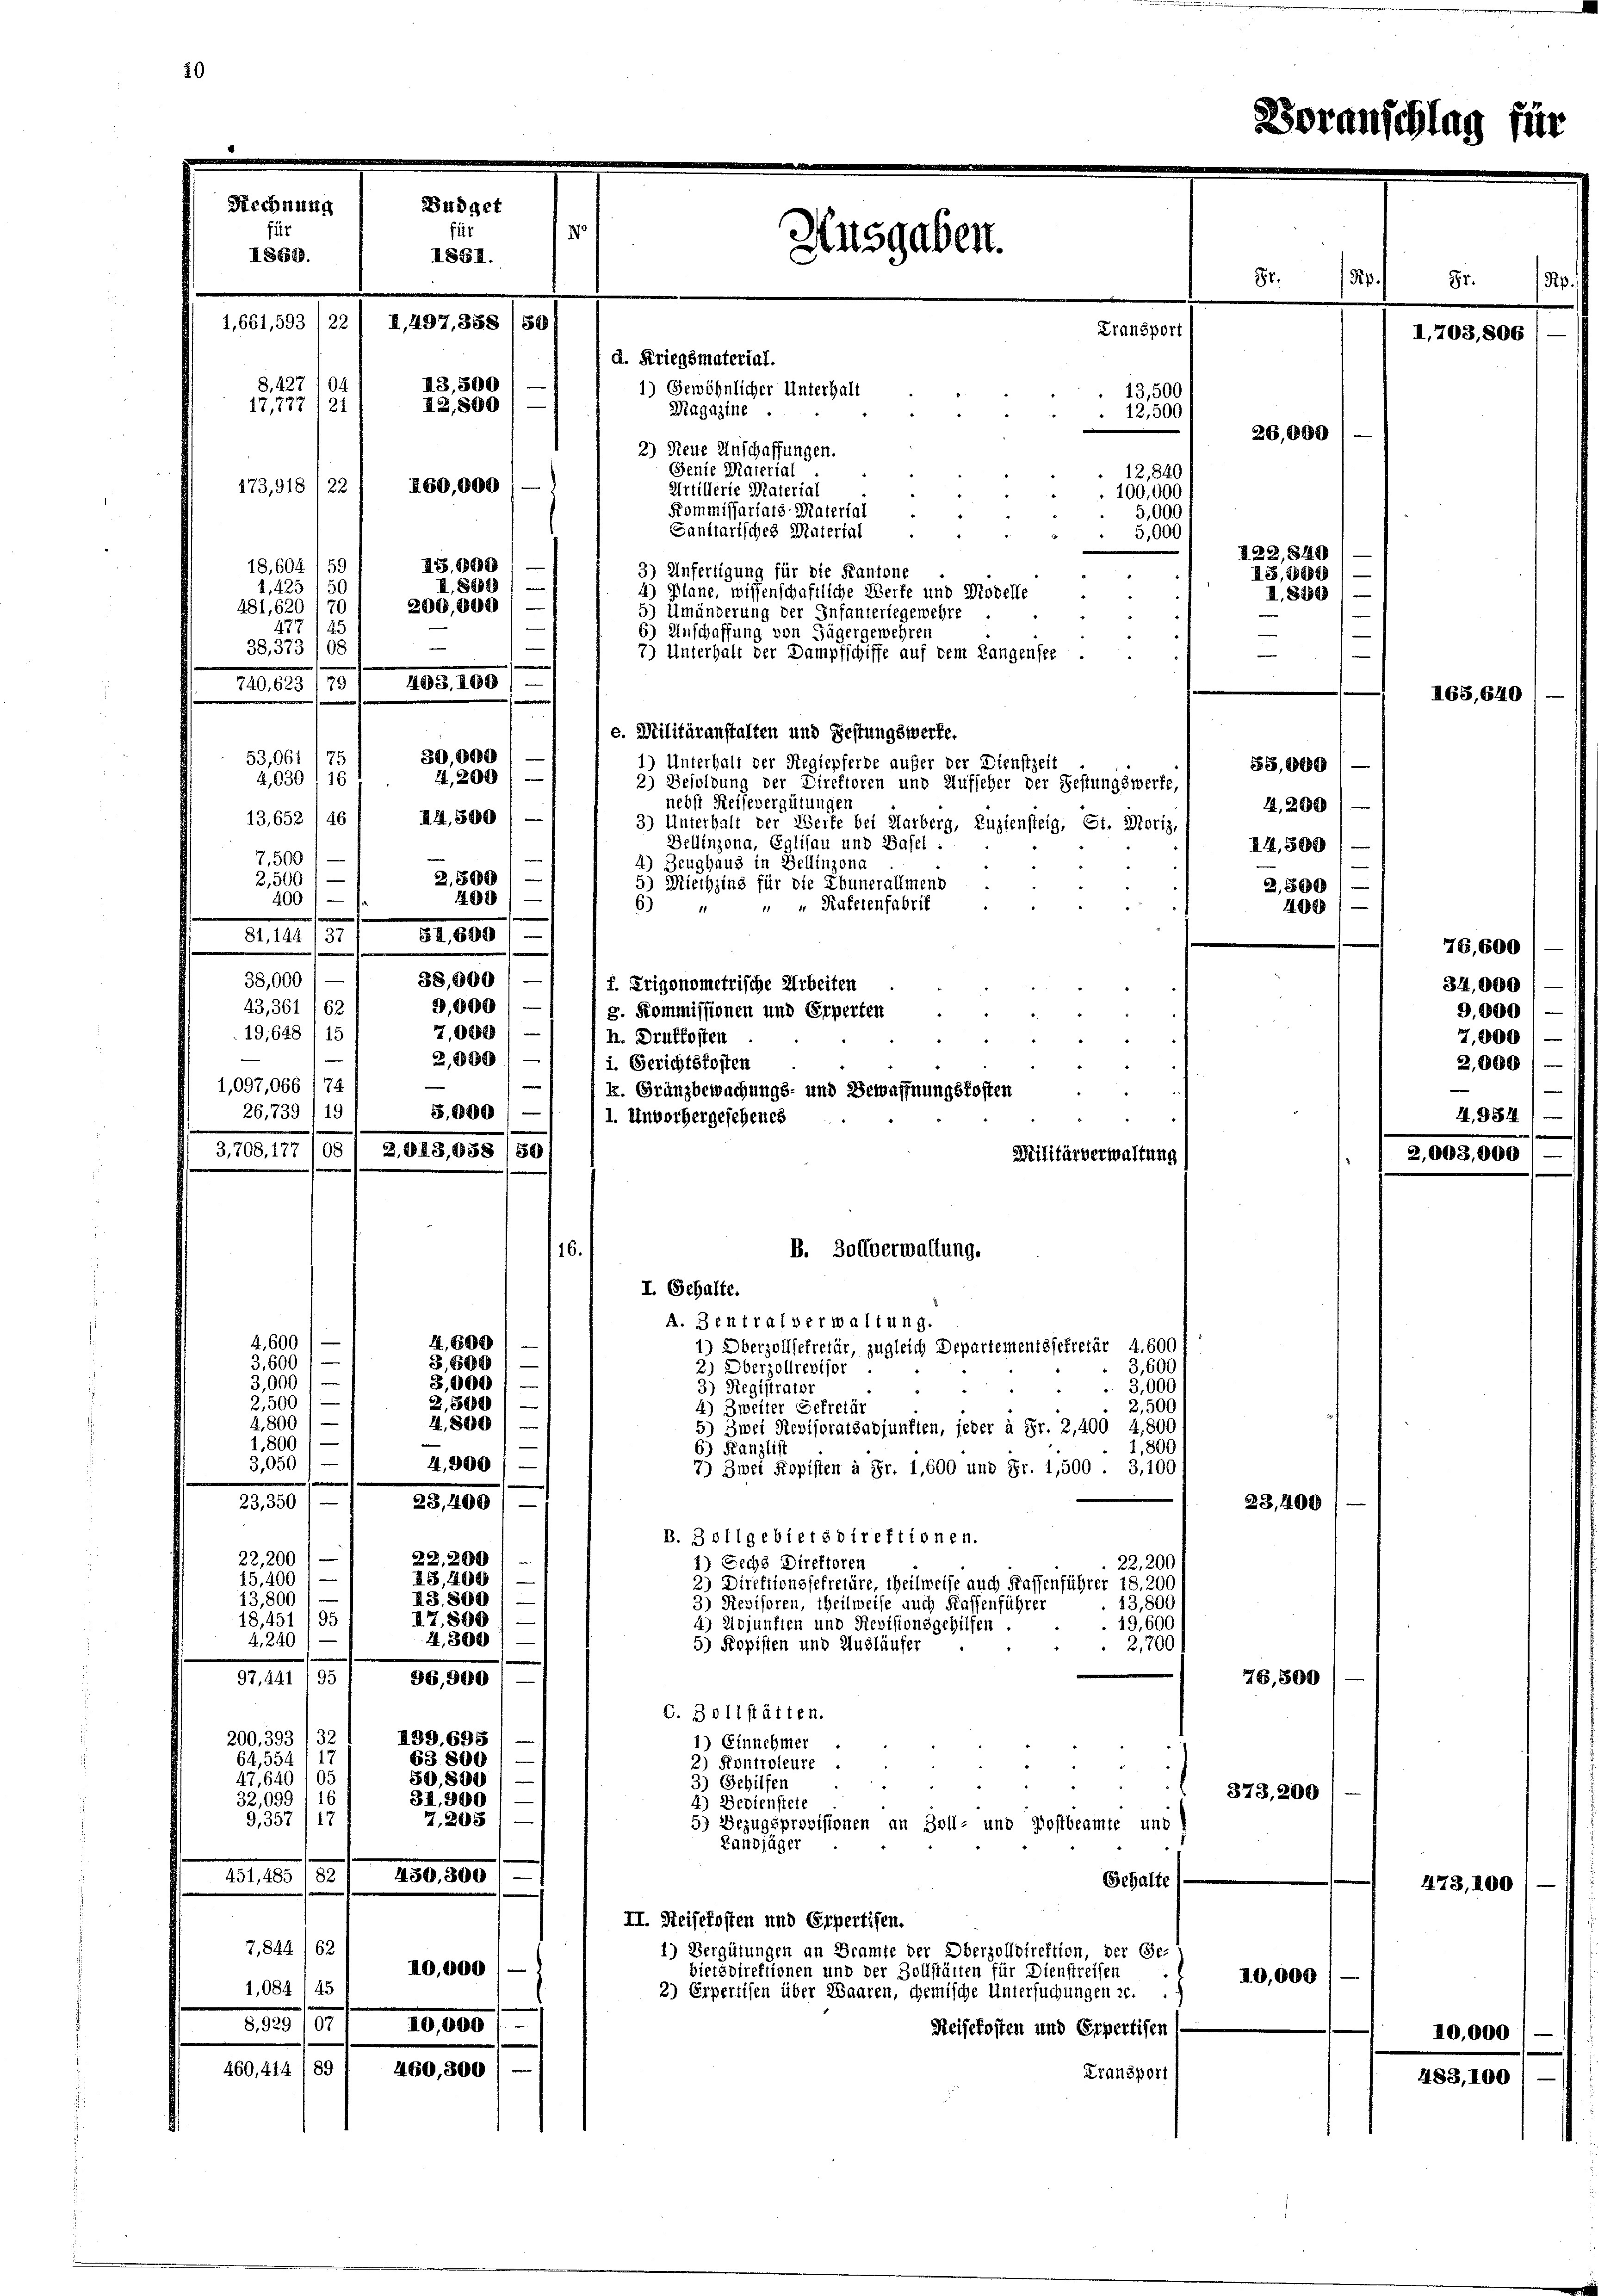
k. Granzbewachungs- und Bewaffnungskosten
S.000 / —
1. Unvorhergesehenes
16.
I. Gehalte.
A. Zentralverwaltung.
4,600
4,600
1) Oberzollsekretär, zugleich Departementssekretär 4,600
3,600 f —
3,800 1
2) Oberzollrevisor
3,600
3,000)
3,000 1
3,000
3) Registrator
2,500 f —
2,500 —
4) Zweiter Gekretär
2,500
4,800) —
4,800
5) Zwei Revisoratsabjunften, jeder à Fr. 2,400 4,800
1,800 f —
e
1,800
6) Kanzlist
3,050) —
4,300/
7) Zwei Kopisten à Fr. 1,600 und Fr. 1,500 . 3,100
23,400
1820.
B. 3 tilgebietsdirektionen.
22,200
22,200)
1) Sechs Direktoren
22.200
IG,400
15,400
e
2) Direktionssefretäre, theilweise auch Kassenführer 18. 200
IS. 800
13,800
3) Revisoren, theilweise auch Kaffenführer
13,800
17,500 —
18,451/95
19,600
4) Adjunkten und Revisionsgehilfen.
4,300)
4,240
5) Popisten und Ausläufer
2,700
S. II 15
96,900
C. 3011 stätten.
200, 393 /32
199. 695 / —
1) Einnehmer
63800)
64,554 1 17
2) Kontroleure
47,640/05
50,800 —
3) Gehilfen
32,099, 16
31,300 (
4) Bediensteig
G,357/17
7,203
5) Bezugsprovisionen an Zoll- und Postbeamte und
Landjäger
450, 300 / —
451,485/ 82
Gehalte
II. Reisekosten und Erpertisen.
7,844/62
1) Vergütungen an Beamte der Oberzolldirektion, der Ge-
10,000 —
bietsdirektionen und der Zollstätten für Dienstreisen
1,084/45
2) Erpertisen über Waaren, chemische Untersuchungen zu.
e
40,000 f
8,929 107
Reisekosten und Erpertisen
460, 414 (89 1 460,300
Transport

2) Neue Anschaffungen.
Sente Material
260,000) —
173,918/22
Artillerie Material
Kommissariats Material
Sanitarisches Material
I5,000
18,604/59
3) Unfertigung für die Kantone
¬
800)
1, 435
5
4) Plane, wissenschaftliche Werte und Modelle
“
200,000) —
481, 620 170
5) Umänderung der Infanteriegewehre
477/45
6) Unschaffung von Zügergewehren
e
38. 373 /08
7) Unterhalt der Dampfschiffe auf dem Langensee .
209, 100 f
720, 623 /79
e. Militäranstalten und Festungswerte.
30,000
53,061 (75
1) Unterhalt der Regiepferde aufer der Dienstzeit
41,200
4,030 (16
2) Besoldung der Direktoren und Aufseher der Festungswerke,
nebst Reisevergütungen
13,652/461 44,300) —
3) Unterhalt der Werfe bei Aarberg, Zuziensteig, St. Moriz,
Bellinzona, Eglisau und Basel.
7,500
 d
4) Zeughaus in Bellinzona
2,800 / —
2,5001—
5) Miethzins für die Ebunerallmend
400
400)
 " Haferenfabrif
6)
81, 144 /371 84,600 / —
38,000
38,000
f. Erigonometrische Arbeiten
9,000) — f
43,361
63
g. Kommissionen und Erperten
7,000
19,648
1
h. Drüffosten
2,889
i. Gerichtskosten
1,097,066 174

26,739 (19
3,708, 177 (08 / 2013,958 (80

Rechnung
Büdget
Ausgaben.
II862.
1881.
4,661,593 /22 / I,497, 358
500
d. Kriegsmaterial.
I3,500
8,427 104
1) Gewöhnlicher Unterhalt
I2,800
17,787. 21
Magazine

10

Militärverwaltung
B. Zollverwaltung.

Transport
12,500
12,840
100,000

d

13,500

8 Rp.

5,000
5,000

26,000

122, 840

10,000

I5, 1890
I. 8800

55,000
1,200
II, 500).
2,800 (
409/

23,1100

373,200

76,500

,708,

I68,6

81.

76,600
34,000
9,000
7,000 l.

0

473, 100